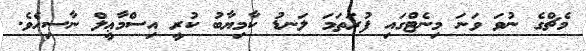
މެޗްގެ ނުވަ ވަނަ މިނެޓްގައި ފުރަތަމަ ލަނޑު ކާމިޔާބު ކުރީ އިސްމާޢީލް ނާސިހެވެ.